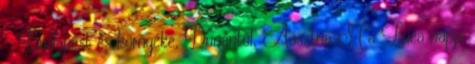
- Budapest és környéke, Dunántúl, Ausztria Ma Luca napja